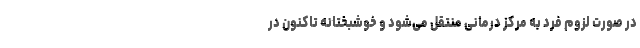
در صورت لزوم فرد به مرکز درمانی منتقل می‌شود و خوشبختانه تاکنون در